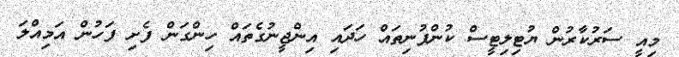
މިއީ ސަރުކާރުން ޔުޓިލިޓީސް ކުންފުނިތައް ހަދައި އިންޖީނުގެތައް ހިންގަން ފެށި ފަހުން އަމިއްލަ